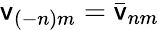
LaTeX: \mathsf{v}_{(-n)m}=\bar{\mathsf{v}}_{nm}